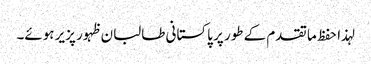
لہذا حفظ ما تقدم کے طور پر پاکستانی طالبان ظہور پزیر ہوئے۔